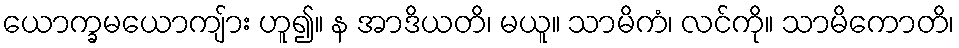
ယောက္ခမယောကျ်ား ဟူ၍။ န အာဒိယတိ၊ မယူ။ သာမိကံ၊ လင်ကို။ သာမိကောတိ၊